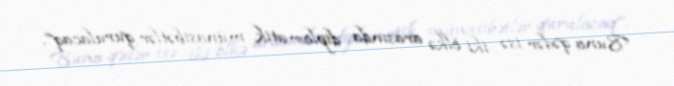
Buna qədər isə iki ölkə arasında diplomatik münasibətlər qurulacaq”.